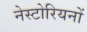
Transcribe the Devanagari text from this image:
नेस्टोरियनों